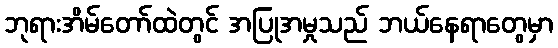
ဘုရားအိမ်တော်ထဲတွင် အပြုအမှုသည် ဘယ်နေရာတွေမှာ